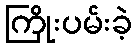
ကြိုးပမ်းခဲ့